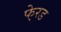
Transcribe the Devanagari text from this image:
फे्रड